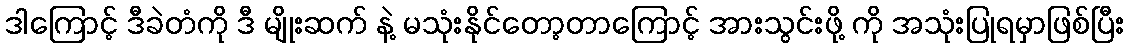
ဒါကြောင့် ဒီခဲတံကို ဒီ မျိုးဆက် နဲ့ မသုံးနိုင်တော့တာကြောင့် အားသွင်းဖို့ ကို အသုံးပြုရမှာဖြစ်ပြီး